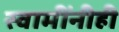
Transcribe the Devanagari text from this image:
स्वामींनीही